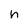
Character: h